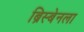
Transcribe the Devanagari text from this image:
ब्रिस्बेनला